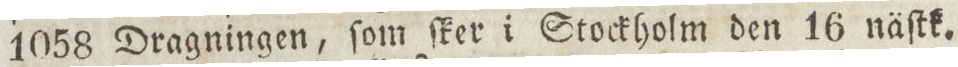
1058 Dragningen, ſom ſker i Stockholm den 16 näſtk.